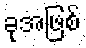
ခုအဖြစ်